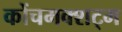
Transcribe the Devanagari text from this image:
कोंचमक्शट्म